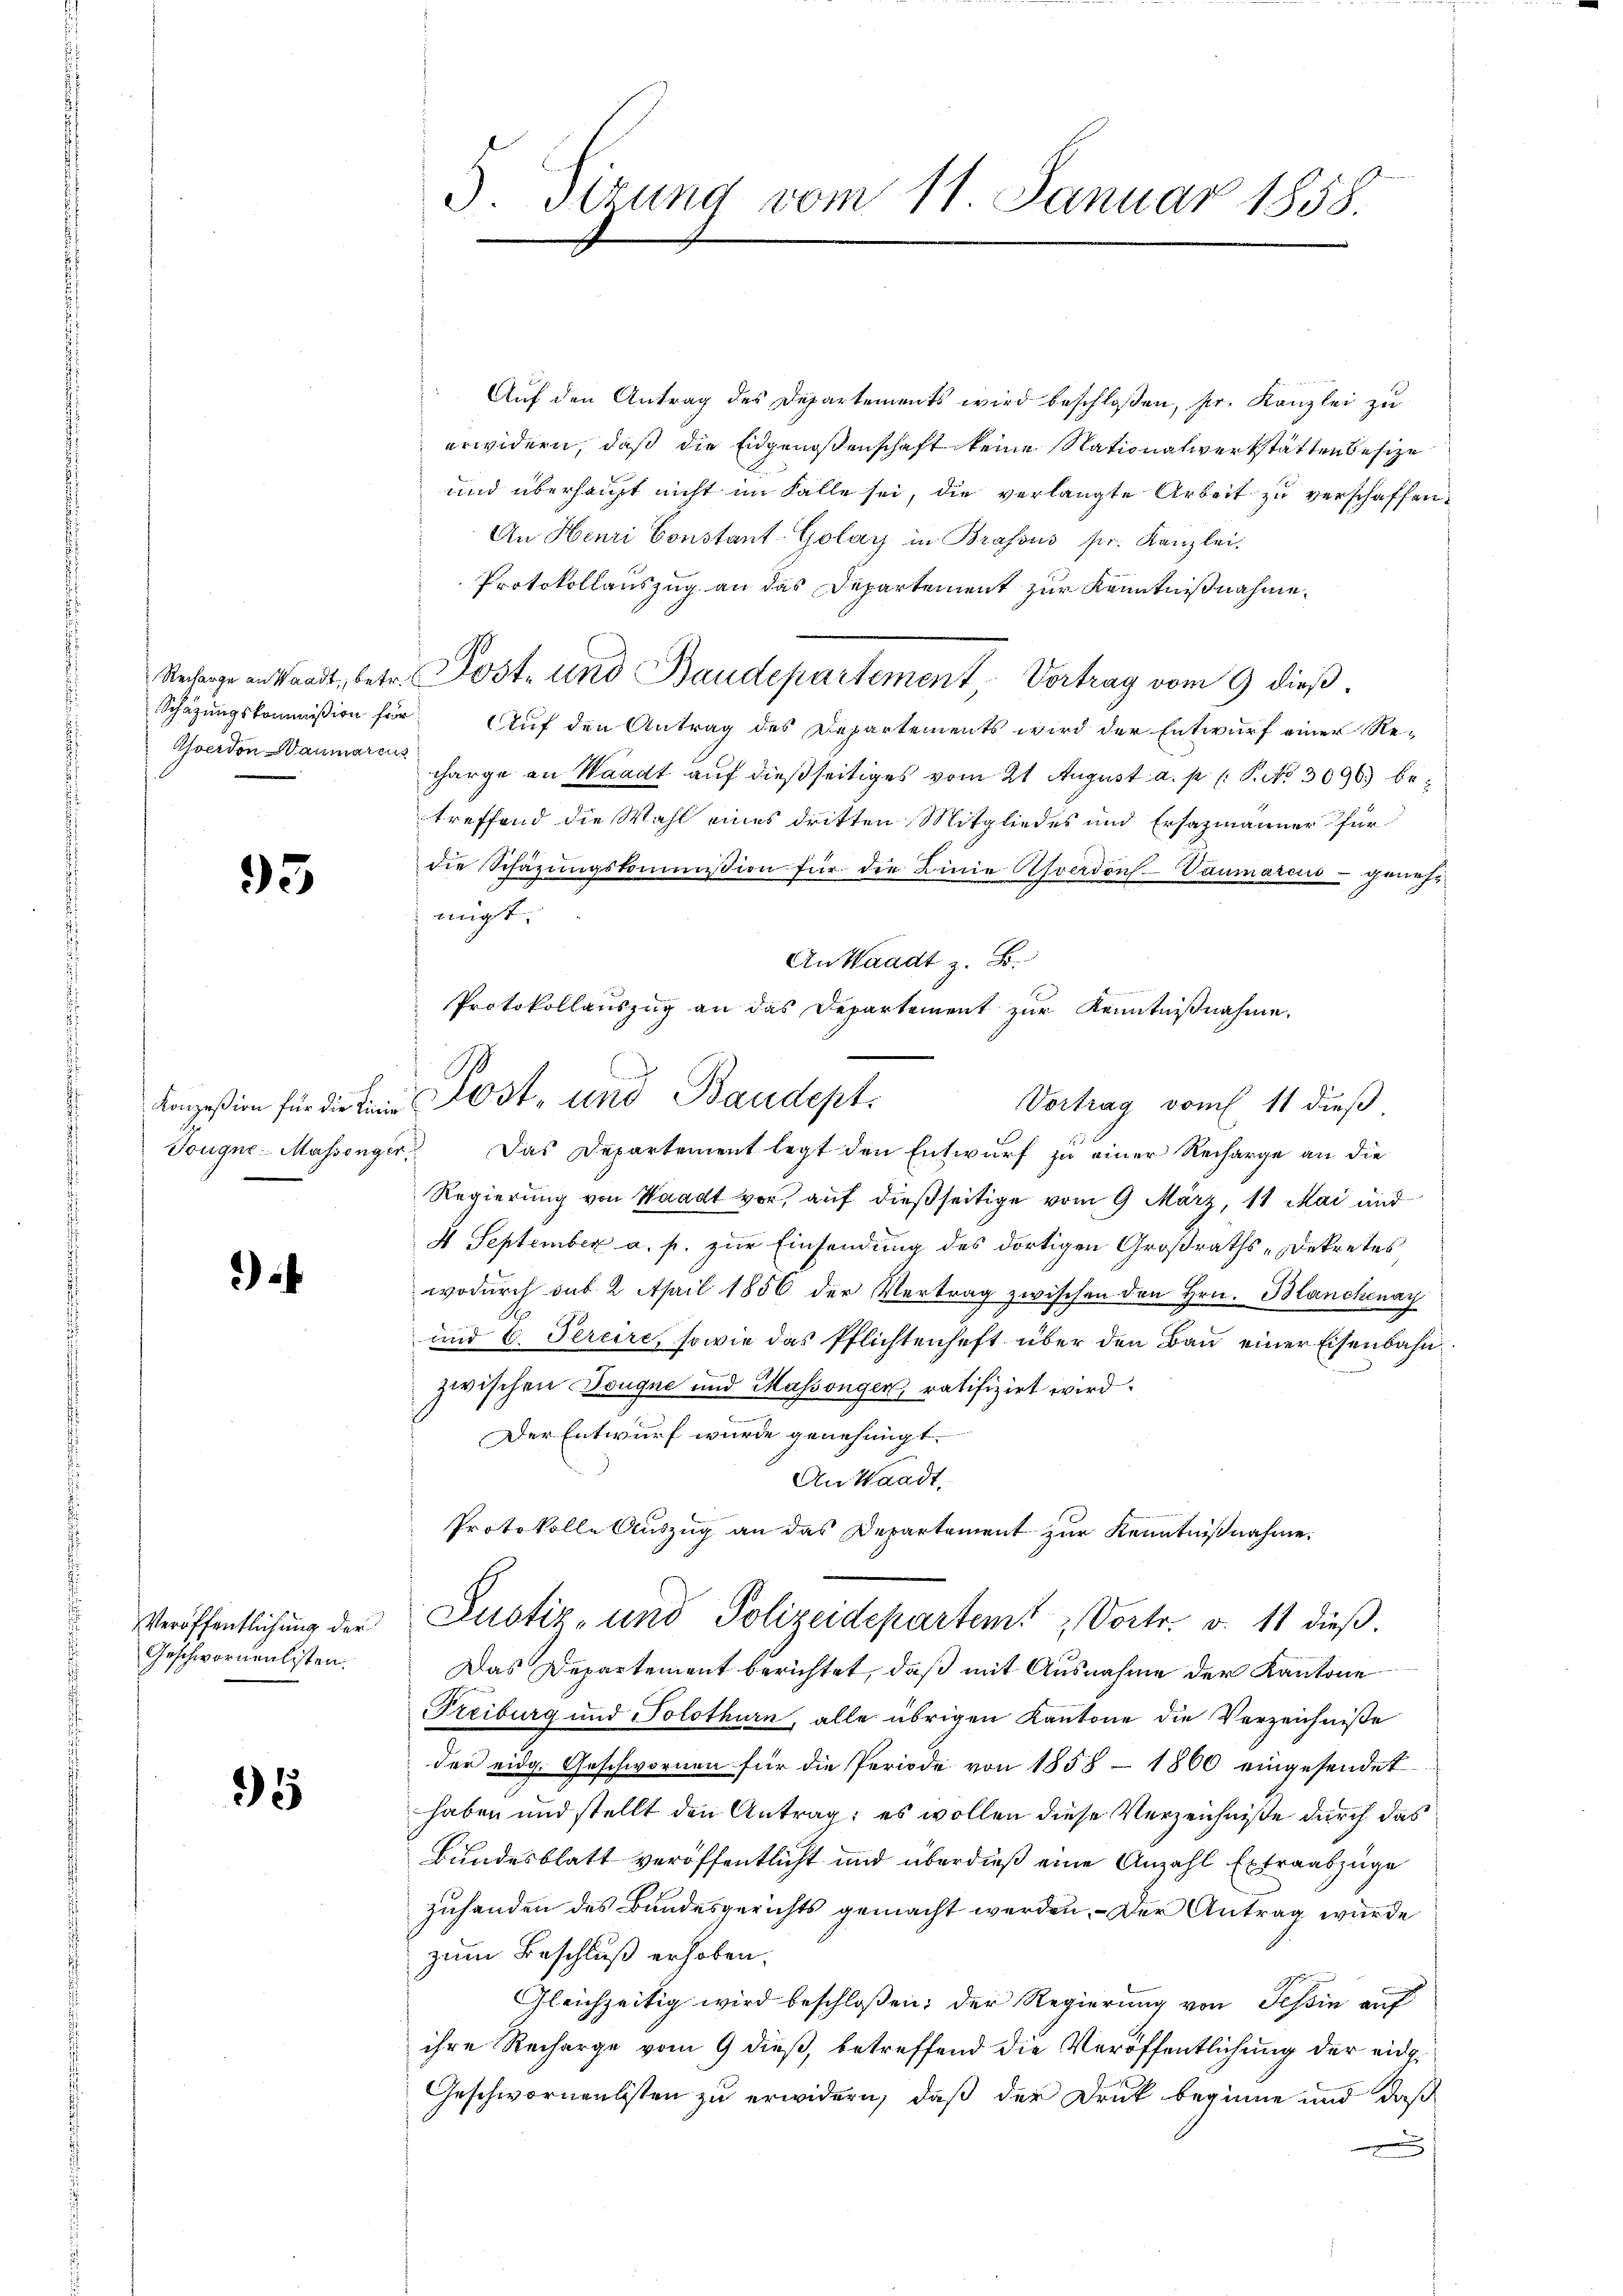
93

Tougne Massenger,

.

Veröffentlichung der
Geschwornenlisten.

95

3. Sitzung vom 11. Januar 1858.

" Auf den Antrag des Departements wird beschloßen, Hr. Kanzlei zu
erwidern, daß die Eidgenoßenschaft keine Nationalwerkstätten besize
und überhaupt nicht im Falle sei, die verlangte Arbeit zu verschaffen.
An Henri Constant Golay in Brasous sr. Kanzlei,
Protokollauszug an das Departement zur Kenntnißnahme.
Verange anstandt, betr. Post- und Baudepartement, Vertrag vom 9 dieß.
Schätzungskommißion für Auf den Antrag des Departements wird der Entwurf einer Re¬
Ahoerden Baumann arge an Waadt auf dießseitiges vom 21. August a. p. P. No 3096) betreffend die Wahl eines dritten Mitgliedes und Ersazmänner für
die Schäzŭngskommission für die Linie Asverdons.-Vaumarcus - genehnigst
Kommißion für die Post- und Baudept
 Das Departement legt den Entwurf zu einer Recharge an die
Regierung von Waadt vor, auf dießseitige vom 9 März, 11 Mai and
4 September a. p. zur Einsendung des dortigen Großraths-Dekretes
wodurch sub 2 April 1856 der Vertrag zwischen den Hrn. Hanchenay
und 6. Feriere, sowie das Pflichtenhaft über den Bau einer Eisenbahnzwischen Dougne und Massengen, ratifizirt wird
Der Entwurf wurde genehmigt.
An Waadt.
Protokolle Auszug an das Departement zur Kenntnißnahme.
Justiz- und Polizeidepartem Vortr. v. 11 dieß.
Das Departement berichtet, daß mit Ausnahme der Kantone
Freiburg und Solothurn, alle übrigen Kantone die Verzeichniße
der eidg. Geschwornen für die Periode von 1858 - 1860 eingesendet
haben und stellt den Antrag: es wollen diese Verzeichniße durch das
Bundesblatt veröffentlicht und überdieß eine Anzahl Extraabzüge
zuhanden des Bundesgerichts gemacht werden. Der Antrag wurde
zum Beschluß erhoben.
Gleichzeitig wird beschloßen; der Regierung von Tessin auf
ihre Recharge vom 9 dieß, betreffend die Veröffentlichung der eidg.
Geschwornenlisten zu erwidern, daß der Druck beginne und daß
.

An Waadt z. B.
Protokollauszug an das Departement zur Kenntnißnahme.
Vortrag vom 11 dieß